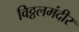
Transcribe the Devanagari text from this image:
विठ्ठलमंदीर